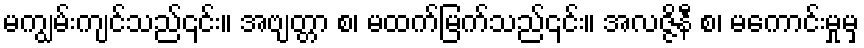
မကျွမ်းကျင်သည်၎င်း။ အဗျတ္တာ စ၊ မထက်မြက်သည်၎င်း။ အလဇ္ဇိနီ စ၊ မကောင်းမှုမှ